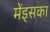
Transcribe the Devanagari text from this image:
मेंइसका